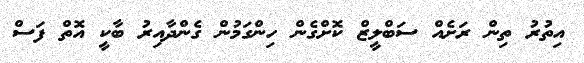
އިތުރު ތިން ރަށެއް ސަބްލީޒް ކޮށްގެން ހިންގަމުން ގެންދާއިރު ބާކީ އޮތް ފަސް